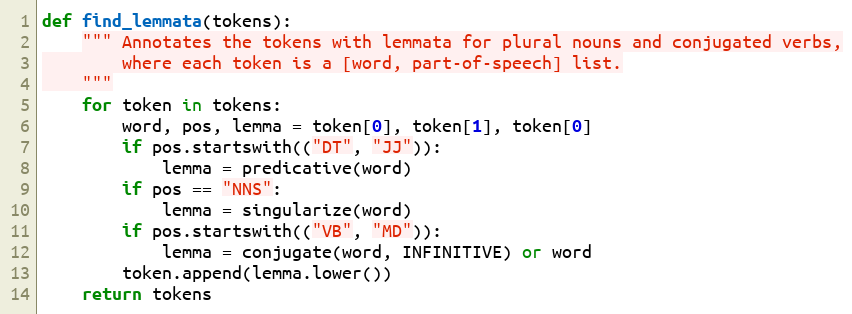
Language: Python
def find_lemmata(tokens):
    """ Annotates the tokens with lemmata for plural nouns and conjugated verbs,
        where each token is a [word, part-of-speech] list.
    """
    for token in tokens:
        word, pos, lemma = token[0], token[1], token[0]
        if pos.startswith(("DT", "JJ")):
            lemma = predicative(word)
        if pos == "NNS":
            lemma = singularize(word)
        if pos.startswith(("VB", "MD")):
            lemma = conjugate(word, INFINITIVE) or word
        token.append(lemma.lower())
    return tokens